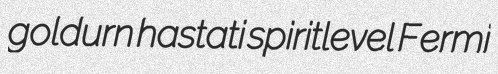
goldurn hastati spiritlevel Fermi